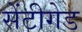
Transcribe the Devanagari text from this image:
सेंटीगेड